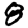
Digit: 8